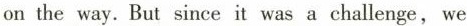
on the way.But since it was a challenge,we